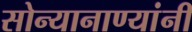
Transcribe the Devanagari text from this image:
सोन्यानाण्यांनी